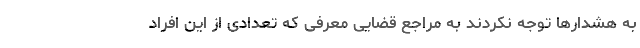
به هشدارها توجه نکردند به مراجع قضایی معرفی که تعدادی از این افراد